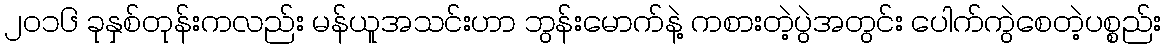
၂၀၁၆ ခုနှစ်တုန်းကလည်း မန်ယူအသင်းဟာ ဘွန်းမောက်နဲ့ ကစားတဲ့ပွဲအတွင်း ပေါက်ကွဲစေတဲ့ပစ္စည်း